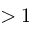
> 1